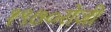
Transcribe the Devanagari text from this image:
१९७०रोजी